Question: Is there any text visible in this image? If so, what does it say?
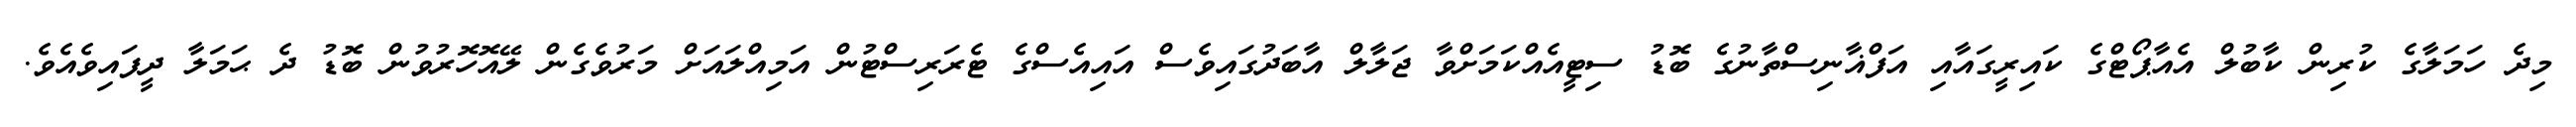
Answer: މިދެ ހަމަލާގެ ކުރިން ކާބުލް އެއާޕޯޓްގެ ކައިރީގައާއި އަފްޣާނިސްތާނުގެ ބޮޑު ސިޓީއެއްކަމަށްވާ ޖަލާލް އާބަދުގައިވެސް އައިއެސްގެ ޓެރަރިސްޓުން އަމިއްލައަށް މަރުވެގެން ލޭއޮހޮރުވުން ބޮޑު ދެ ޙަމަލާ ދީފައިވެއެވެ.